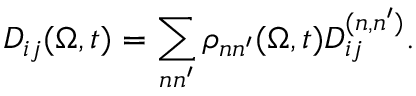
D _ { i j } ( \boldsymbol { \Omega } , t ) = \sum _ { n n ^ { \prime } } \rho _ { n n ^ { \prime } } ( \boldsymbol { \Omega } , t ) D _ { i j } ^ { ( n , n ^ { \prime } ) } .